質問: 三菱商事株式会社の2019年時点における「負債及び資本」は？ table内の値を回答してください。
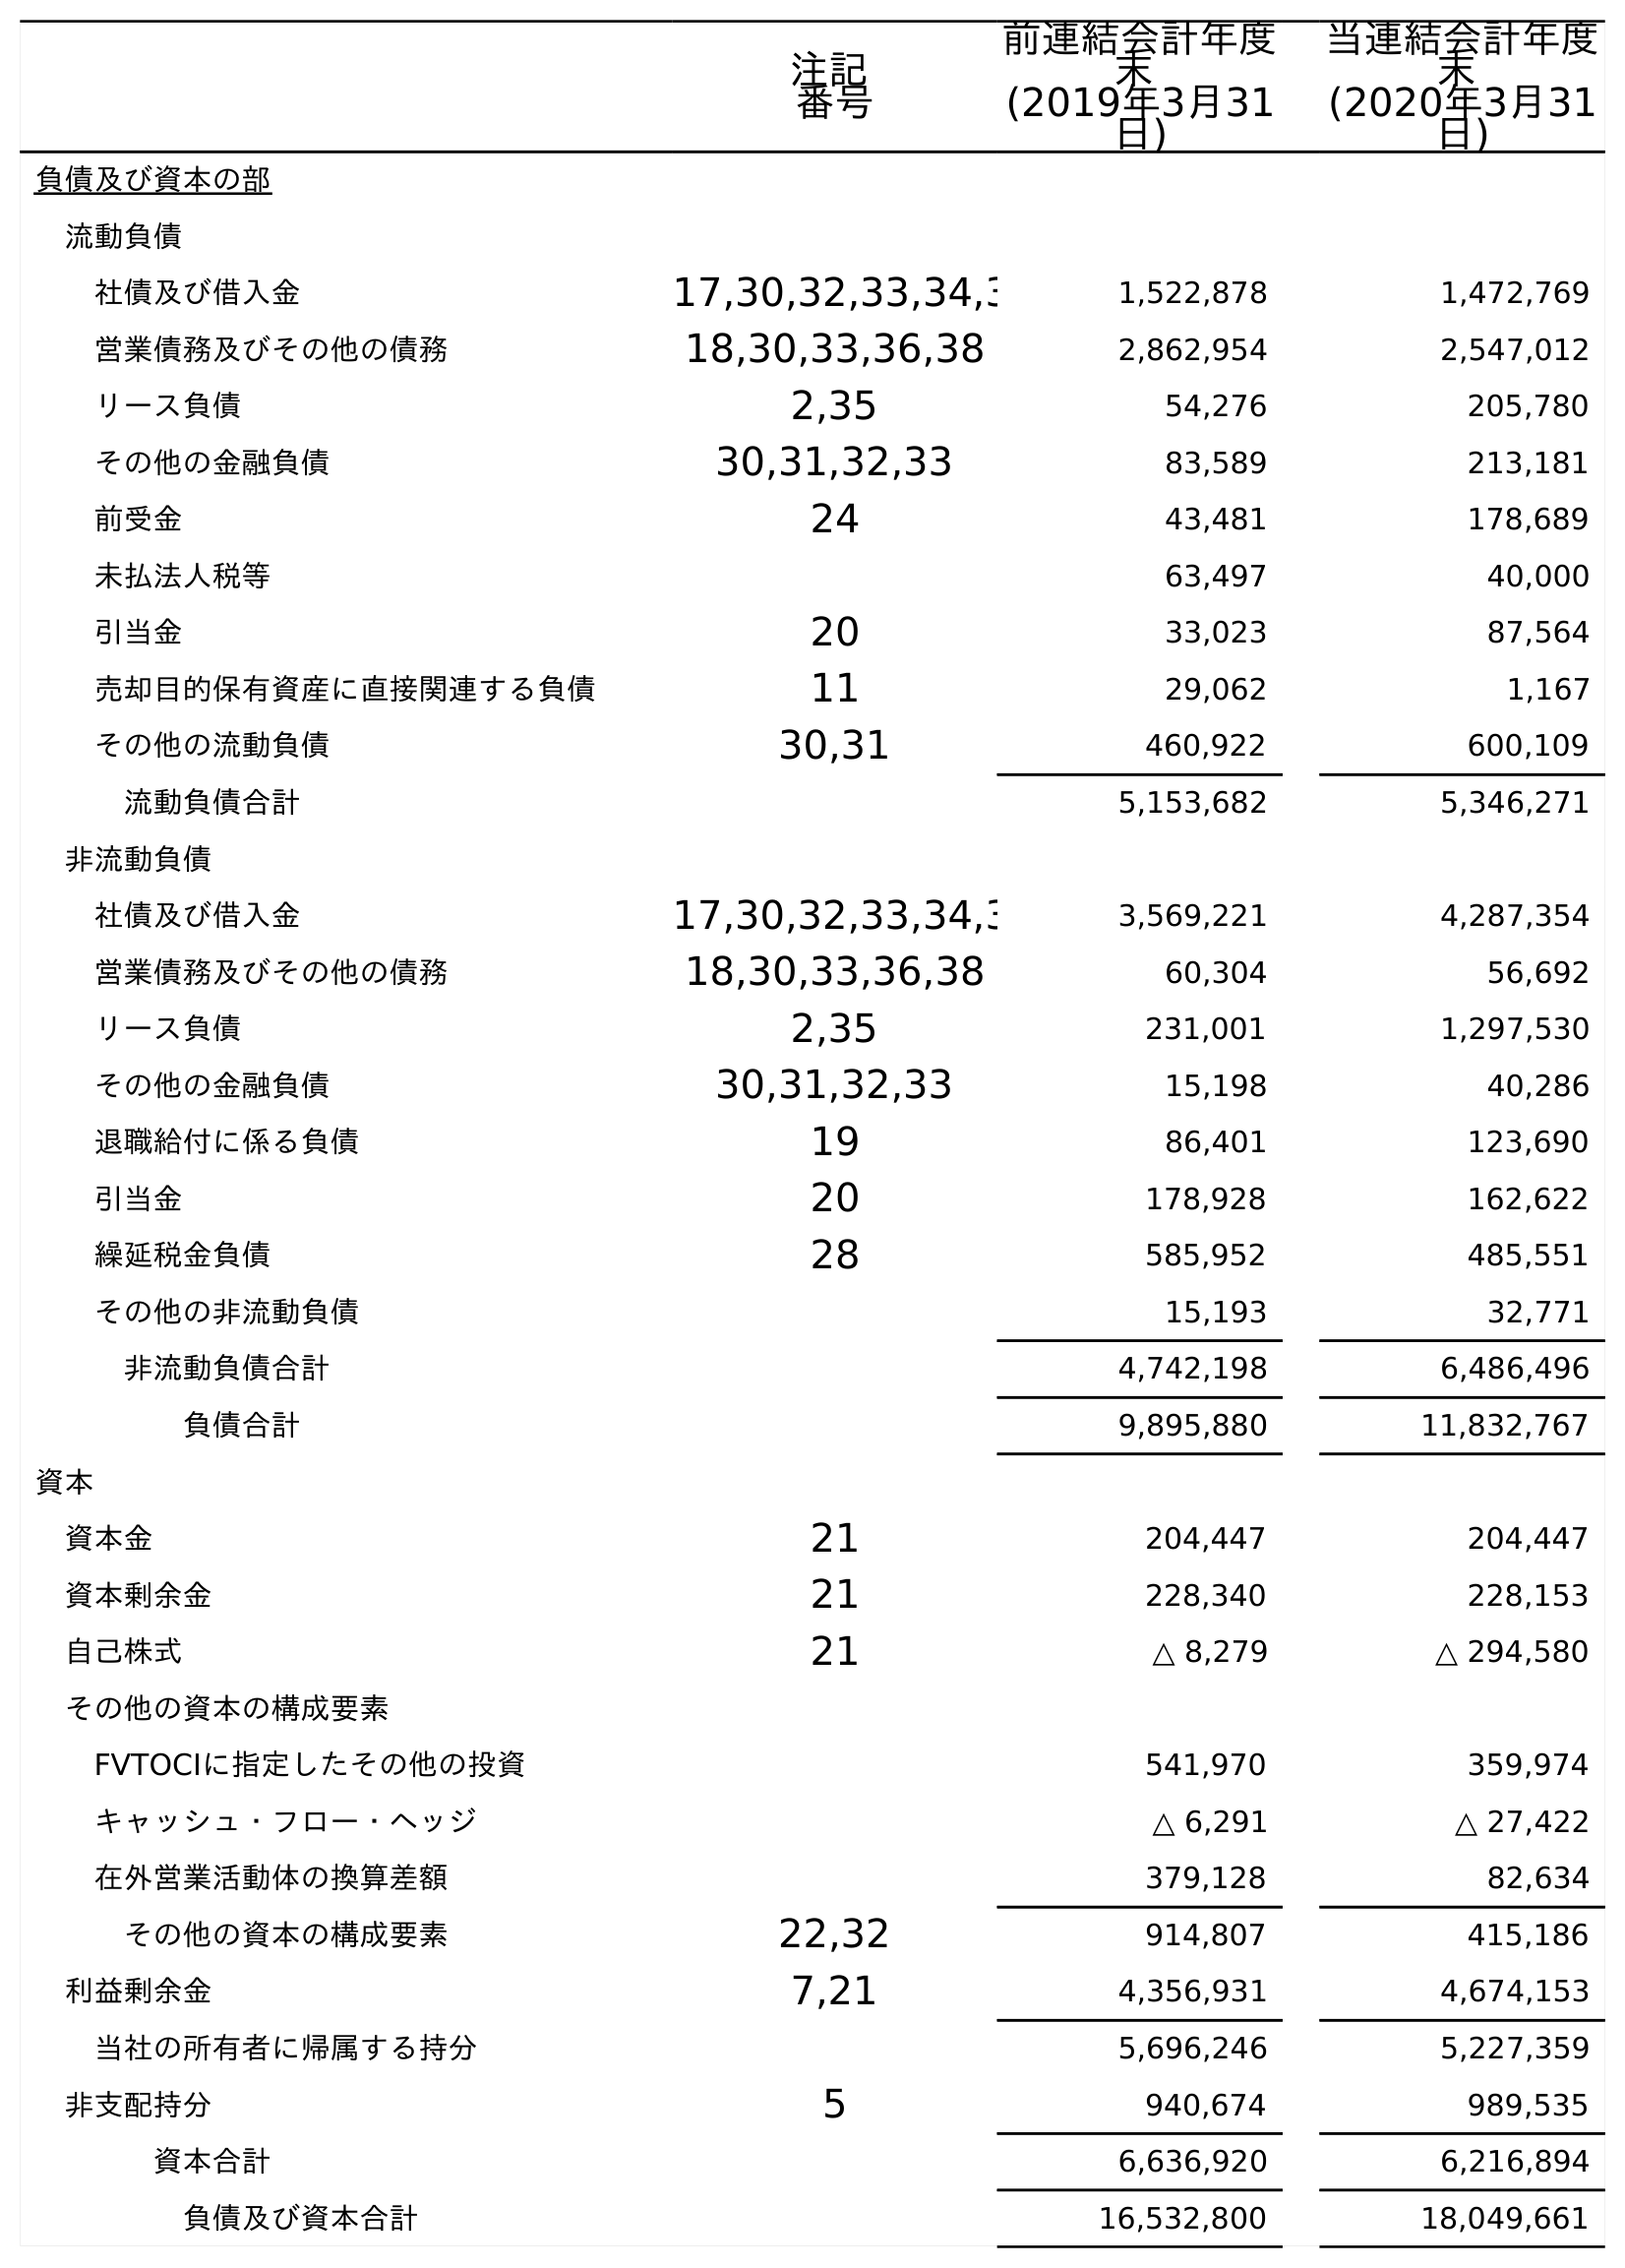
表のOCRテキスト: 注記 番号 前連結会計年度 末 (2019年3月31 日) 当連結会計年度 末 (2020年3月31 日) 負債及び資本の部 流動負債 社債及び借入金 17,30,32,33,34,3 1,522,878 1,472,769 営業債務及びその他の債務 18,30,33,36,38 2,862,954 2,547,012 リース負債 2,35 54,276 205,780 その他の金融負債 30,31,32,33 83,589 213,181 前受金 24 43,481 178,689 未払法人税等 63,497 40,000 引当金 20 33,023 87,564 売却目的保有資産に直接関連する負債 11 29,062 1,167 その他の流動負債 30,31 460,922 600,109 流動負債合計 5,153,682 5,346,271 非流動負債 社債及び借入金 17,30,32,33,34,3 3,569,221 4,287,354 営業債務及びその他の債務 18,30,33,36,38 60,304 56,692 リース負債 2,35 231,001 1,297,530 その他の金融負債 30,31,32,33 15,198 40,286 退職給付に係る負債 19 86,401 123,690 引当金 20 178,928 162,622 繰延税金負債 28 585,952 485,551 その他の非流動負債 15,193 32,771 非流動負債合計 4,742,198 6,486,496 負債合計 9,895,880 11,832,767 資本 資本金 21 204,447 204,447 資本剰余金 21 228,340 228,153 自己株式 21 △ 8,279 △ 294,580 その他の資本の構成要素 FVTOCIに指定したその他の投資 541,970 359,974 キャッシュ・フロー・ヘッジ △ 6,291 △ 27,422 在外営業活動体の換算差額 379,128 82,634 その他の資本の構成要素 22,32 914,807 415,186 利益剰余金 7,21 4,356,931 4,674,153 当社の所有者に帰属する持分 5,696,246 5,227,359 非支配持分 5 940,674 989,535 資本合計 6,636,920 6,216,894 負債及び資本合計 16,532,800 18,049,661
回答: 16,532,800